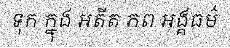
ទុក ក្នុង អតីត ភព អង្គធម៌